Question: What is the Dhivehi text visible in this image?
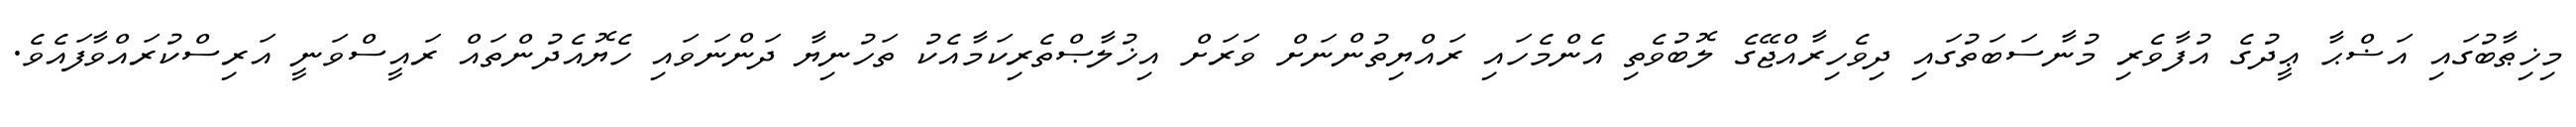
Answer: މިޚިޠާބުގައި އަޟްޙާ ޢީދުގެ އުފާވެރި މުނާސަބަތުގައި ދިވެހިރާއްޖޭގެ ލޮބުވެތި އެންމެހައި ރައްޔިތުންނަށް ވަރަށް އިޚުލާޞްތެރިކަމާއެކު ތަހުނިޔާ ދަންނަވައި ހެޔޮއެދުންތައް ރައީސްވަނީ އަރިސްކުރައްވާފައެވެ.